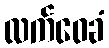
လက်ဝေခံ